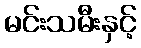
မင်းသမီးနှင့်